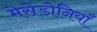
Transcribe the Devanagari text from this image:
मेसेडोनियाँ